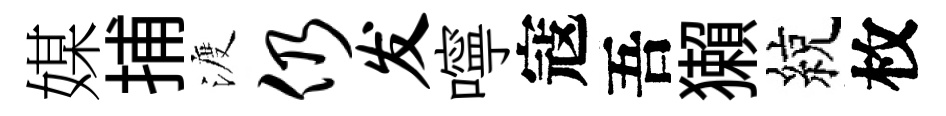
媒捕渡仍发嚀寇吾獺綂枚